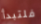
فلتبدأ